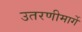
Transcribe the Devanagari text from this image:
उतरणीमार्गे